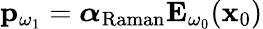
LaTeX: \begin{array}{r}{\mathbf{p}_{\omega_{1}}=\boldsymbol{\alpha}_{\mathrm{Raman}}\mathbf{E}_{\omega_{0}}(\mathbf{x}_{0})}\end{array}